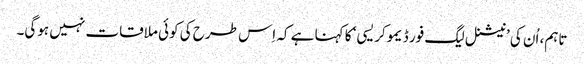
تاہم، اُن کی ’نیشنل لیگ فور ڈیموکریسی‘ کا کہنا ہے کہ اِس طرح کی کوئی ملاقات نہیں ہوگی۔